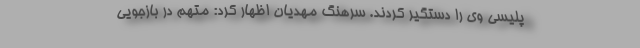
پلیسی وی را دستگیر کردند. سرهنگ مهدیان اظهار کرد: متهم در بازجویی